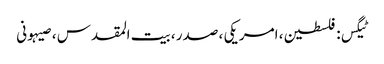
ٹیگس: فلسطین ، امریکی ، صدر ، بیت المقدس ، صیہونی